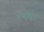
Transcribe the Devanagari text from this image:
गणलित